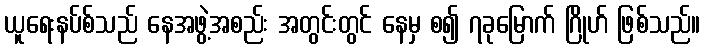
ယူရေးနပ်စ်သည် နေအဖွဲ့အစည်း အတွင်းတွင် နေမှ စ၍ ၇ခုမြောက် ဂြိုဟ် ဖြစ်သည်။